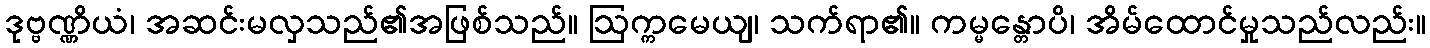
ဒုဗ္ဗဏ္ဏိယံ၊ အဆင်းမလှသည်၏အဖြစ်သည်။ ဩက္ကမေယျ၊ သက်ရာ၏။ ကမ္မန္တောပိ၊ အိမ်ထောင်မှုသည်လည်း။